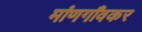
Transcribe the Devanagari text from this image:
मांणगाँवकर